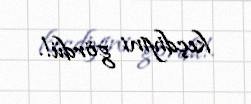
keçdiyini gördü!.